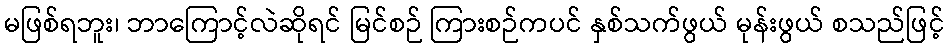
မဖြစ်ရဘူး၊ ဘာကြောင့်လဲဆိုရင် မြင်စဉ် ကြားစဉ်ကပင် နှစ်သက်ဖွယ် မုန်းဖွယ် စသည်ဖြင့်